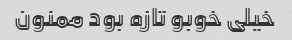
خیلی خوبو تازه بود ممنون